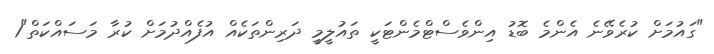
"ގައުމަށް ކުރެވޭނެ އެންމެ ބޮޑު އިންވެސްޓްމެންޓަކީ ތައުލީމީ ދަރިންތަކެއް އުފެއްދުމަށް ކުރާ މަސައްކަތް"1